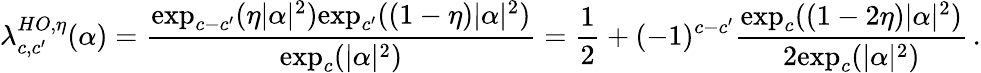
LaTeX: \lambda_{c,c^{\prime}}^{HO,\eta}(\alpha)=\frac{\mathrm{exp}_{c-c^{\prime}}(\eta|\alpha|^{2})\mathrm{exp}_{c^{\prime}}((1-\eta)|\alpha|^{2})}{\mathrm{exp}_{c}(|\alpha|^{2})}=\frac{1}{2}+(-1)^{c-c^{\prime}}\frac{\mathrm{exp}_{c}((1-2\eta)|\alpha|^{2})}{2\mathrm{exp}_{c}(|\alpha|^{2})}\, .